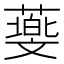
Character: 𦿵